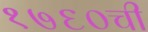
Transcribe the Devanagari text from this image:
१७६०ची